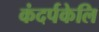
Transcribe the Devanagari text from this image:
कंदर्पकेलि